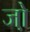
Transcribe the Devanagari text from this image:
जो़